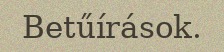
Betűírások.